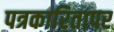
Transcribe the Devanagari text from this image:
पत्रकारितापर